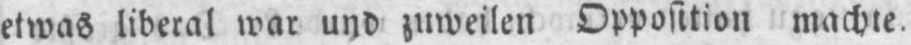
etwas liberal war und zuweilen Opposition machte.